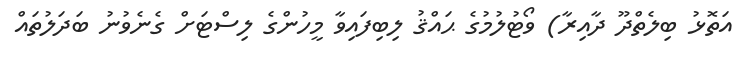
އަތޮޅު ބިލެތްދޫ ދާއިރާ) ވޯޓުލުމުގެ ޙައްޤު ލިބިފައިވާ މީހުންގެ ލިސްޓަށް ގެނެވުނު ބަދަލުތައް